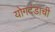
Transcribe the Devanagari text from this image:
योगदंडाची